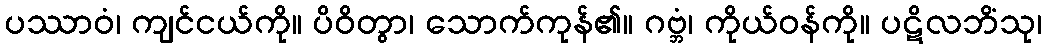
ပဿာဝံ၊ ကျင်ငယ်ကို။ ပိဝိတွာ၊ သောက်ကုန်၏။ ဂဗ္ဘံ၊ ကိုယ်ဝန်ကို။ ပဋိလဘိံသု၊